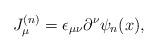
LaTeX: \begin{align*}J_\mu^{(n)}=\epsilon_{\mu\nu} \partial^\nu \psi_n(x),\end{align*}